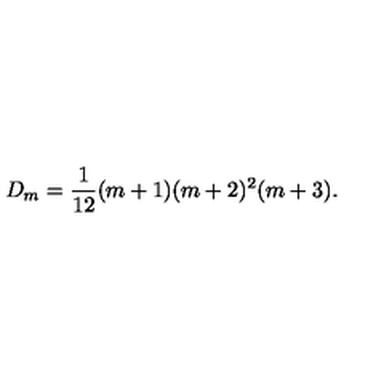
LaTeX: D _ { m } = \frac { 1 } { 1 2 } ( m + 1 ) ( m + 2 ) ^ { 2 } ( m + 3 ) .